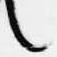
言